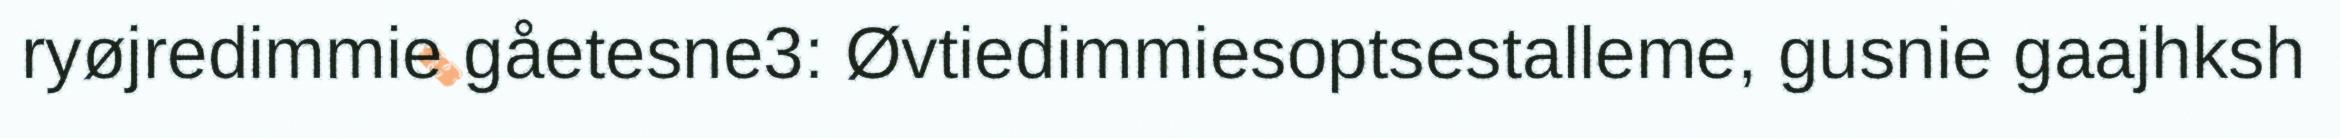
ryøjredimmie gåetesne3: Øvtiedimmiesoptsestalleme, gusnie gaajhksh